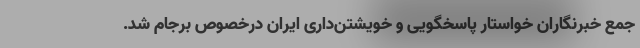
جمع خبرنگاران خواستار پاسخگویی و خویشتن‌داری ایران درخصوص برجام شد.